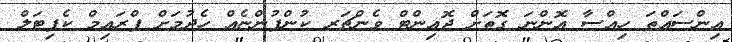
އިންސައްތަ ހިއްސާ އޮންނަ ގޮތަށް ޖޮއިންޓް ވެންޗަރ ކުންފުންޏެއް ހެދުމަށް ޕްރައިމް ކެޕިޓަލް